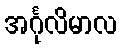
အင်္ဂုလိမာလ